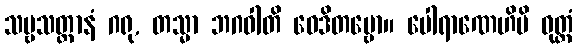
သဗ္ဗသတ္တာနံ ဂရု, တသ္မာ ဘဂဝါတိ ဝေဒိတဗ္ဗော။ ပေါရာဏေဟိပိ ဝုတ္တံ